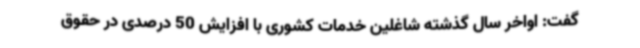
گفت: اواخر سال گذشته شاغلین خدمات کشوری با افزایش 50 درصدی در حقوق